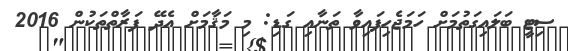
ސިޓީ ބަލައިގަތުމަށް ހަމަޖެހިފައިވާ ތަނާއި ގަޑި: މި މަޤާމަށް އެދޭ ފަރާތްތަކުން 2016